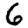
Digit: 6